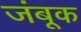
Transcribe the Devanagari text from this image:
जंबूक